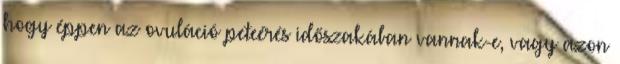
hogy éppen az ovuláció peteérés időszakában vannak-e, vagy azon